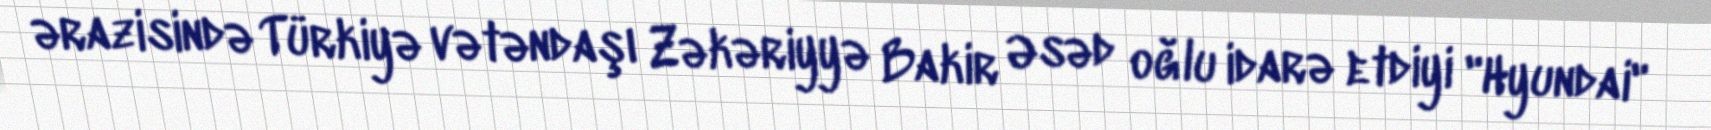
ərazisində Türkiyə vətəndaşı Zəkəriyyə Bakir Əsəd oğlu idarə etdiyi "Hyundai"